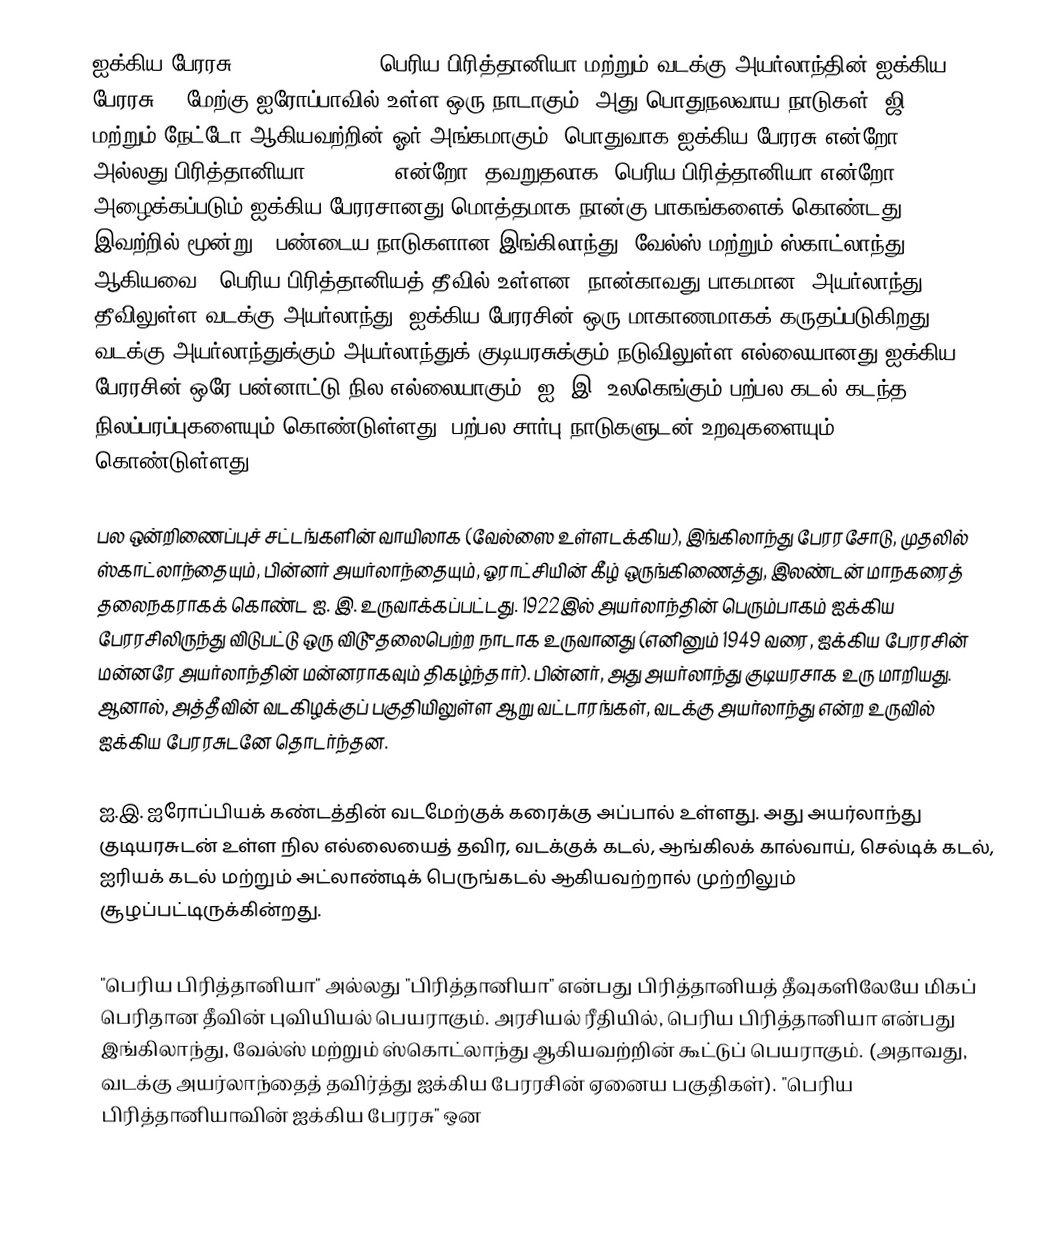
ஐக்கிய பேரரசு (United Kingdom, பெரிய பிரித்தானியா மற்றும் வடக்கு அயர்லாந்தின் ஐக்கிய பேரரசு ), மேற்கு ஐரோப்பாவில் உள்ள ஒரு நாடாகும். அது பொதுநலவாய நாடுகள், ஜி8, மற்றும் நேட்டோ ஆகியவற்றின் ஓர் அங்கமாகும். பொதுவாக ஐக்கிய  பேரரசு என்றோ UK அல்லது பிரித்தானியா (Britain) என்றோ (தவறுதலாக) பெரிய பிரித்தானியா என்றோ அழைக்கப்படும் ஐக்கிய பேரரசானது மொத்தமாக நான்கு பாகங்களைக் கொண்டது. இவற்றில் மூன்று — பண்டைய நாடுகளான இங்கிலாந்து, வேல்ஸ் மற்றும் ஸ்காட்லாந்து ஆகியவை — பெரிய பிரித்தானியத் தீவில் உள்ளன. நான்காவது பாகமான, அயர்லாந்து தீவிலுள்ள வடக்கு அயர்லாந்து, ஐக்கிய பேரரசின் ஒரு மாகாணமாகக் கருதப்படுகிறது. வடக்கு அயர்லாந்துக்கும் அயர்லாந்துக் குடியரசுக்கும் நடுவிலுள்ள எல்லையானது ஐக்கிய பேரரசின் ஒரே பன்னாட்டு நில எல்லையாகும். ஐ. இ. உலகெங்கும் பற்பல கடல் கடந்த நிலப்பரப்புகளையும் கொண்டுள்ளது; பற்பல சார்பு நாடுகளுடன் உறவுகளையும் கொண்டுள்ளது.

பல ஒன்றிணைப்புச் சட்டங்களின் வாயிலாக (வேல்ஸை உள்ளடக்கிய), இங்கிலாந்து பேரரசோடு, முதலில் ஸ்காட்லாந்தையும், பின்னர் அயர்லாந்தையும், ஓராட்சியின் கீழ் ஒருங்கிணைத்து, இலண்டன் மாநகரைத் தலைநகராகக் கொண்ட ஐ. இ. உருவாக்கப்பட்டது. 1922இல் அயர்லாந்தின் பெரும்பாகம் ஐக்கிய பேரரசிலிருந்து விடுபட்டு ஒரு விடுுதலைபெற்ற நாடாக உருவானது (எனினும் 1949 வரை, ஐக்கிய பேரரசின் மன்னரே அயர்லாந்தின் மன்னராகவும் திகழ்ந்தார்). பின்னர், அது அயர்லாந்து குடியரசாக உரு மாறியது. ஆனால், அத்தீவின் வடகிழக்குப் பகுதியிலுள்ள ஆறு வட்டாரங்கள், வடக்கு அயர்லாந்து என்ற உருவில் ஐக்கிய பேரரசுடனே தொடர்ந்தன.

ஐ.இ. ஐரோப்பியக் கண்டத்தின் வடமேற்குக் கரைக்கு அப்பால் உள்ளது. அது அயர்லாந்து குடியரசுடன் உள்ள நில எல்லையைத் தவிர, வடக்குக் கடல், ஆங்கிலக் கால்வாய், செல்டிக் கடல், ஐரியக் கடல் மற்றும் அட்லாண்டிக் பெருங்கடல் ஆகியவற்றால் முற்றிலும் சூழப்பட்டிருக்கின்றது.

"பெரிய பிரித்தானியா" அல்லது "பிரித்தானியா" என்பது பிரித்தானியத் தீவுகளிலேயே மிகப் பெரிதான தீவின் புவியியல் பெயராகும். அரசியல் ரீதியில், பெரிய பிரித்தானியா என்பது இங்கிலாந்து, வேல்ஸ் மற்றும் ஸ்கொட்லாந்து ஆகியவற்றின் கூட்டுப் பெயராகும். (அதாவது, வடக்கு அயர்லாந்தைத் தவிர்த்து ஐக்கிய பேரரசின் ஏனைய பகுதிகள்). "பெரிய பிரித்தானியாவின் ஐக்கிய பேரரசு" ஒன